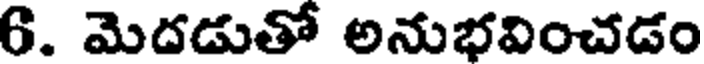
6. మెదడుతో అనుభవించడం